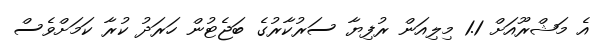
އެ މަޝްރޫއަށް 1.1 މިލިއަން ރުފިޔާ ސަރުކާރުގެ ބަޖެޓުން ހަރަދު ކުރާ ކަމަށްވެސް